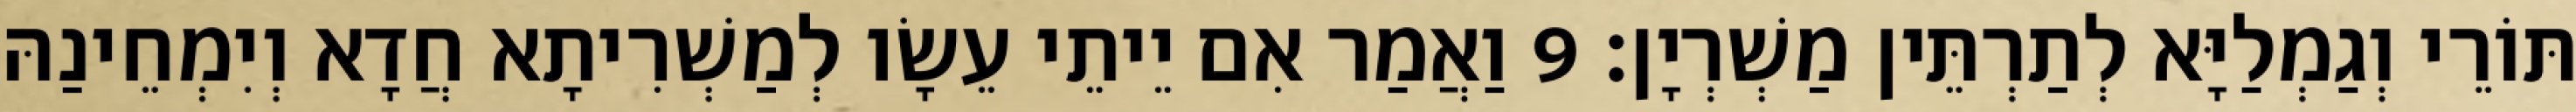
תּוֹרֵי וְגַמְלַיָּא לְתַרְתֵּין מַשְׁרְיָן׃ 9 וַאֲמַר אִם יֵיתֵי עֵשָׂו לְמַשְׁרִיתָא חֲדָא וְיִמְחֵינַהּ